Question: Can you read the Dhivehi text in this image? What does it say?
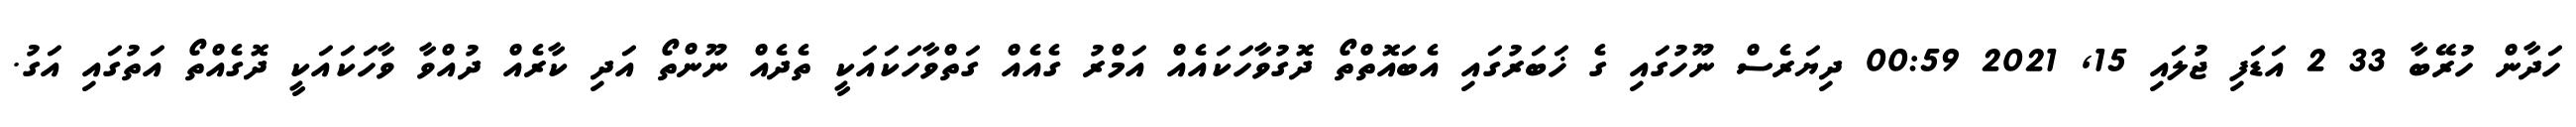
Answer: ހަދާން ހުރޭބާ 33 2 އަޑަފި ޖުލައި 15, 2021 00:59 ދިޔަރެސް ނޫހުގައި ގެ ޚަބަރުގައި އެބައޮތްތޯ ދޮގުވާހަކައެއް އަމްރު ގެއެއް ގަތްވާހަކައަކީ ތެދެއް ނޫންތޯ އަދި ކާރެއް ދުއްވާ ވާހަކައަކީ ދޮގެއްތޯ އަތުގައި އަގު.